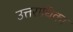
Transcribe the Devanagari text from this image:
उत्तराधिका